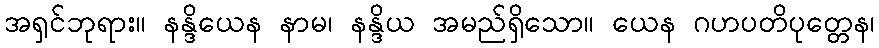
အရှင်ဘုရား။ နန္ဒိယေန နာမ၊ နန္ဒိယ အမည်ရှိသော။ ယေန ဂဟပတိပုတ္တေန၊